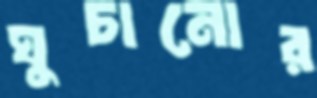
ঘুচানোর